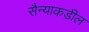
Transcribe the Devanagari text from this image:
सैन्याकडील